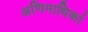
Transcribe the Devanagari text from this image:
अणिमाधिकां